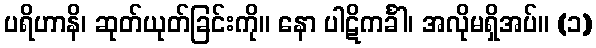
ပရိဟာနိ၊ ဆုတ်ယုတ်ခြင်းကို။ နော ပါဋိကင်္ခါ၊ အလိုမရှိအပ်။ (၁)